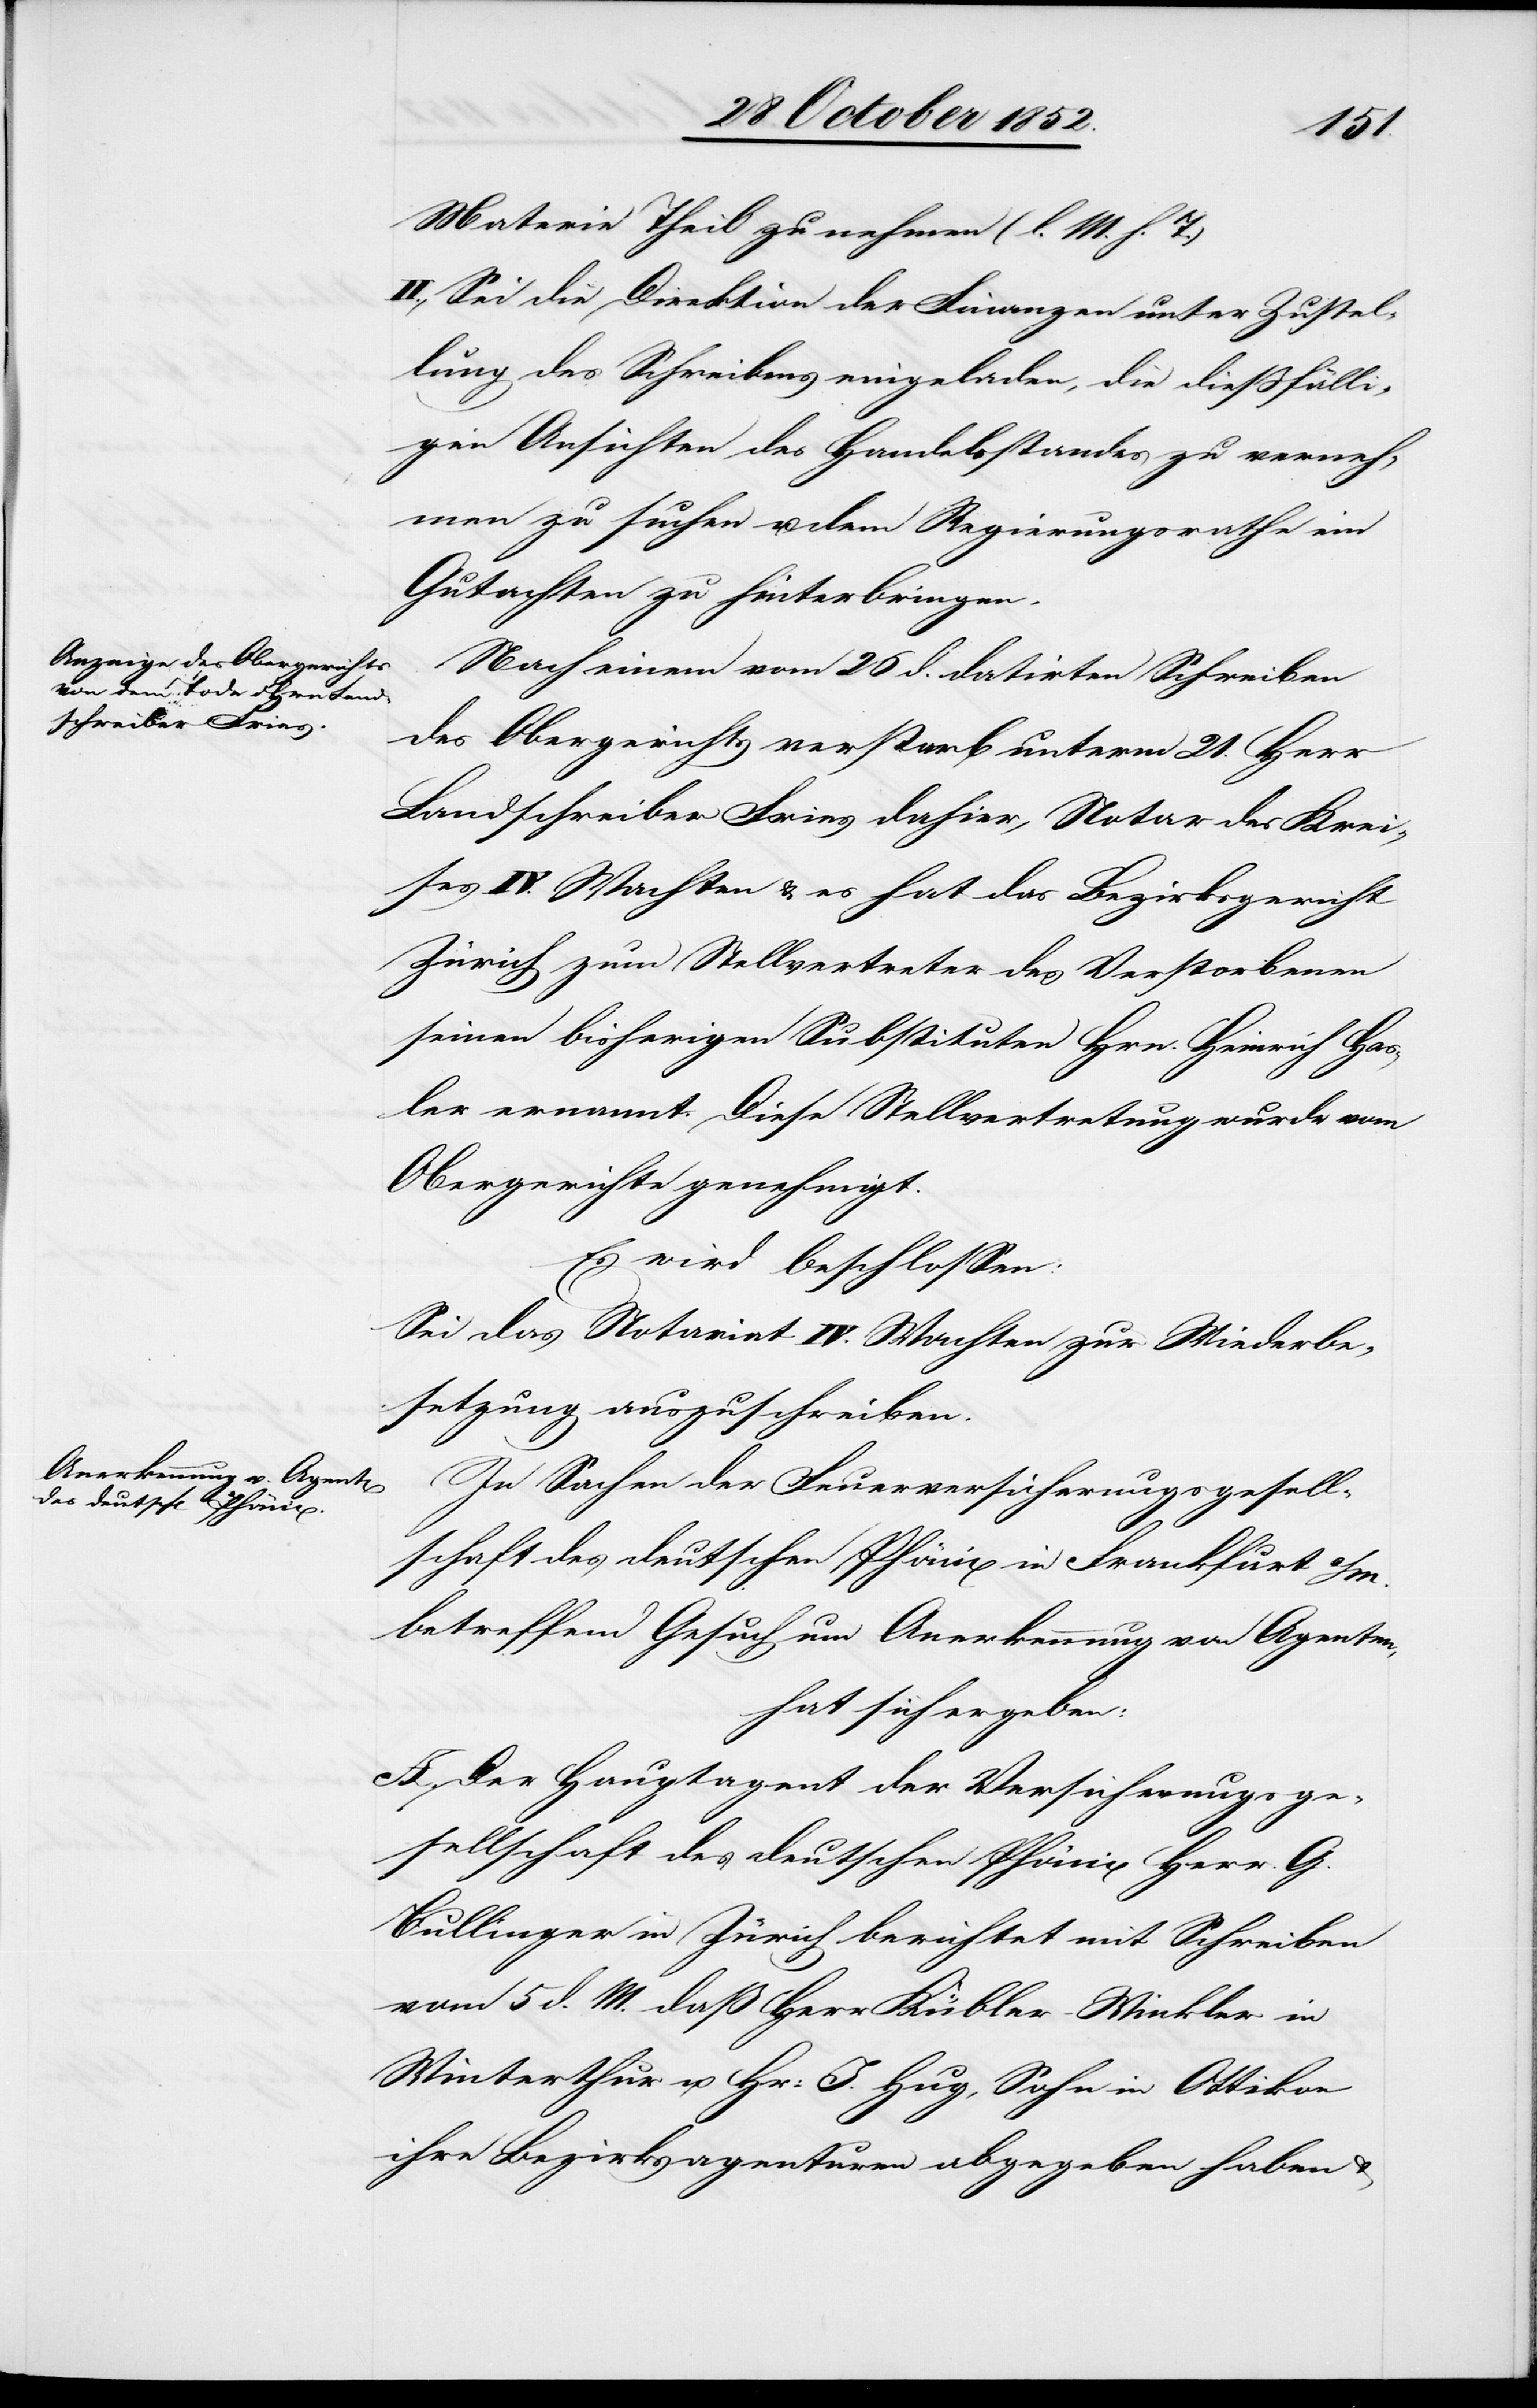
Materie Theil zu nehmen (l. M. h. T.)
II., Sei die Direktion der Finanzen unter Zustel¬
lung des Schreibens eingeladen, die dießfälli¬
gen Ansichten des Handelsstandes zu verneh¬
men zu suchen u. dem Regierungsrathe ein
Gutachten zu hinterbringen.
Nach einem vom 26 d. datirten Schreiben
des Obergerichts verstarb unterm 21. Herr
Landschreiber Fries dahier, Notar des Krei¬
ses IV. Wachten & es hat das Bezirksgericht
Zürich zum Stellvertreter des Verstorbenen
seinen bisherigen Substituten Hrn. Heinrich Has¬
ler ernannt. Diese Stellvertretung wurde vom
Obergerichte genehmigt.
Es wird beschlossen:
Sei das Notariat IV. Wachten zur Wiederbe¬
setzung auszuschreiben.
In Sachen der Feuerversicherungsgesell¬
schaft des deutschen Phönix in Frankfurt a/M.
betreffend Gesuch um Anerkennung von Agenten,
hat sich ergeben:
A. Der Hauptagent der Versicherungsge¬
sellschaft des deutschen Phönix Herr G.
Bullinger in Zürich berichtet mit Schreiben
vom 5 d. M. daß Herr Kübler-Winkler in
Winterthur u. Hr: J. Hug, Sohn in Ottikon
ihre Bezirksagenturen abgegeben haben &